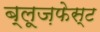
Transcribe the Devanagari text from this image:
ब्लूज़फेस्ट